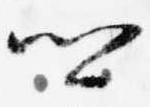
卿